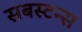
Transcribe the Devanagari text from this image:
सबस्टन्स